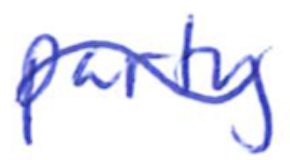
Text: party
Cross-out: wave
Writing tool: ballpoint